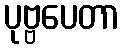
ပုဗ္ဗပေတာ